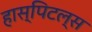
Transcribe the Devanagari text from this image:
हास्पिटल्स